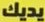
يديك